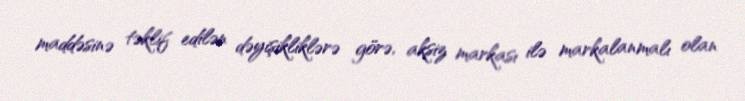
maddəsinə təklif edilən dəyişikliklərə görə, aksiz markası ilə markalanmalı olan